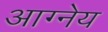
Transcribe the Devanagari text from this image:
अाग्नेय